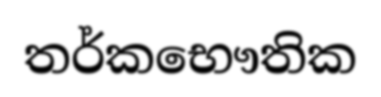
තර්කභෞතික